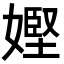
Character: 𡠩